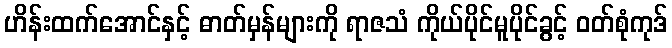
ဟိန်းထက်အောင်နှင့် ဓာတ်မှန်များကို ရာဇသံ ကိုယ်ပိုင်မူပိုင်ခွင့် ဝတ်စုံကုဒ်